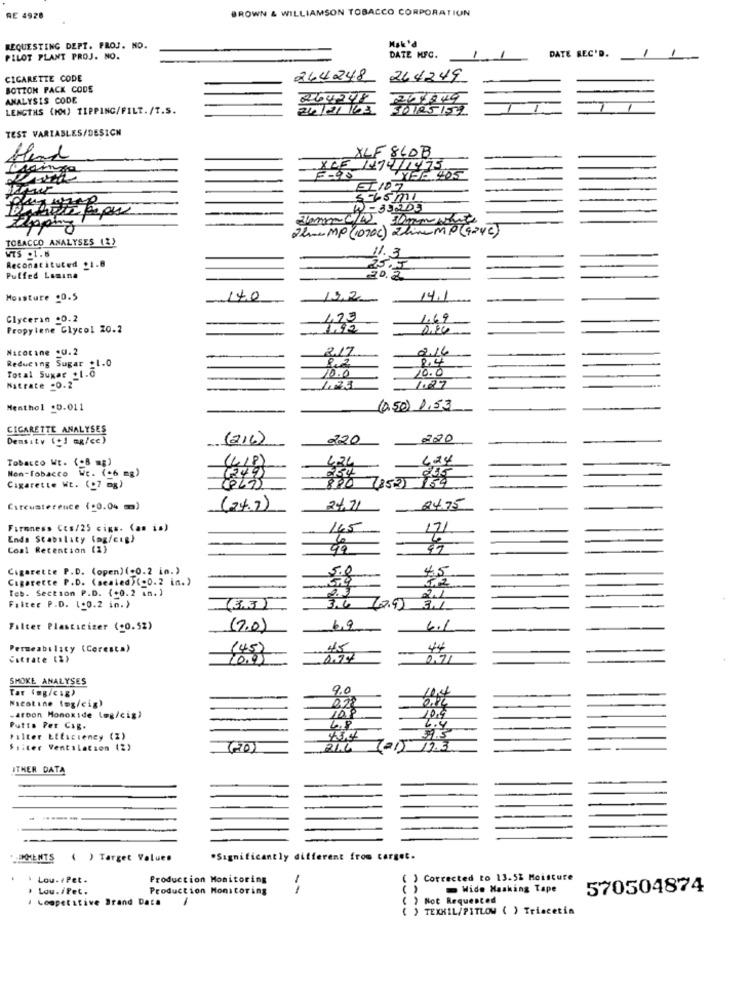
BROWN & WILLIAMSON TOBACCO CORPORATION
RE 4928
Mak'd
REQUESTING DEPT. PROJ. NO.
DATE REC'D.
1
PILOT PLANT PROJ. NO.
DATE HFC.
CIGARETTE CODE
244248
264249
BOTZON PACK CODE
ANALYSIS CODE
264247
249849
LENGTHS (MM) TIPPING/FILT./T.S.
24/21/63
30/05/52
TEST VARIABLES/DESIGN
Hend
XCF
XLF 840B
1474/1475
W-33203
30mm mt
24 -- MP (1070c) ZeinemP (9246)
TOBACCO ANALYSES (2)
WTS .1.6
11.3
Reconstituted _1.8
Puffed Losina
Moisture .0.5
140
19,2
14,1
Glycerin .0.2
123
1.69
Propylene Glycol 20.2
Nicotine QU.2
217
2.16
2,4
Reducing Sugar _1.0
8,2
10.0
10.0
Total Sugar _1.0
Natrate -0.2
1.27
Menthol .D.011
(0,50) 1,53
CIGARETTE ANALYSES
Density (+] mg/cc)
(216)
220
220
Tobacco Wt. (.8 mg)
424
424
We. (+6 mg)
Non-Tobacco
(8525
184
Cigarette WE. (.7 mg)
Circusterence (+0.04 m)
(24.7)
24.71
24.75
Firmness Ces/25 cigs. (as is)
145
17/
Enda Stability (mg/cig)
Com1 Retention (2)
99
Cigarette P.D. (open)(+0.2 in.)
5.0
45
Cigarette P.D. (sealed)(-0.2 in.)
Teb. Section P.D. (+0.2 an.)
21
Filter P.D. (.0.2 in.)
(33)
7.92
3.1
Filter Plasticizer (+0.52)
(7.0)
6.9
6.1
Permeability (Coresta)
(45)
44
Estrate (2)
10.91
SMOKE ANALYSES
Tar (mg/cig)
9.0
Nicotine (mg/cig)
-atoon Monoxide log/cig)
10,9
Putts Per Cag.
4.8
6.4
Filter LiEscieney (Z)
43,4
31.3
Ssiter Ventilation (2)
2L.L
ITHER DATA
-----
IMMENTS ( ) Target Values
*Significantly different from corget.
· Lou.rPet.
Production Monitoring
) Corrected to 13.52 Moisture
. Lau./Pet.
Production Monitoring
--
()
Wide Masking Tape
570504874
. Lospetitive Brand Data
( ) Not Requested
() TEXHIL/PITLOW ( ) Triacetin